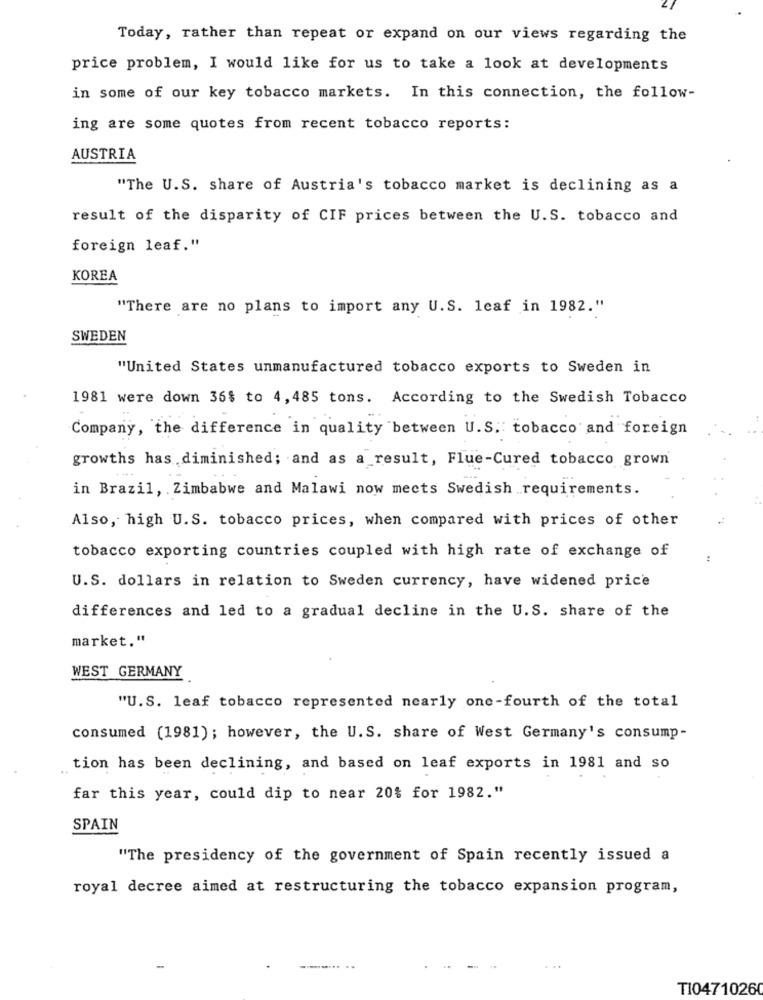
Today, rather than repeat or expand on our views regarding the
price problem, I would like for us to take a look at developments
in some of our key tobacco markets. In this connection, the follow-
ing are some quotes from recent tobacco reports:
AUSTRIA
"The U.S. share of Austria's tobacco market is declining as a
result of the disparity of CIF prices between the U.S. tobacco and
foreign leaf."
KOREA
"There are no plans to import any U.S. leaf in 1982."
SWEDEN
"United States unmanufactured tobacco exports to Sweden in
1981 were down 36$ to 4,485 tons. According to the Swedish Tobacco
Company, the difference in quality between U.S. tobacco and foreign
growths has diminished; and as a result, Flue-Cured tobacco grown
in Brazil, Zimbabwe and Malawi now meets Swedish requirements.
Also, high U.S. tobacco prices, when compared with prices of other
tobacco exporting countries coupled with high rate of exchange of
U.S. dollars in relation to Sweden currency, have widened price
differences and led to a gradual decline in the U.S. share of the
market."
WEST GERMANY
"U.S. leaf tobacco represented nearly one-fourth of the total
consumed (1981); however, the U.S. share of West Germany's consump-
tion has been declining, and based on leaf exports in 1981 and so
far this year, could dip to near 20% for 1982."
SPAIN
"The presidency of the government of Spain recently issued a
royal decree aimed at restructuring the tobacco expansion program,
...
T104710260